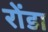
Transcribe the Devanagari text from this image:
रोंडा